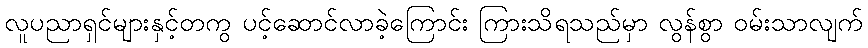
လူပညာရှင်များနှင့်တကွ ပင့်ဆောင်လာခဲ့ကြောင်း ကြားသိရသည်မှာ လွန်စွာ ဝမ်းသာလျက်